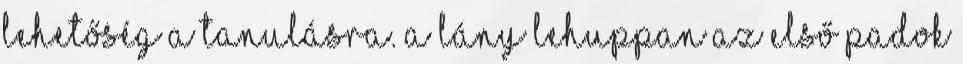
lehetőség a tanulásra. A lány lehuppan az első padok